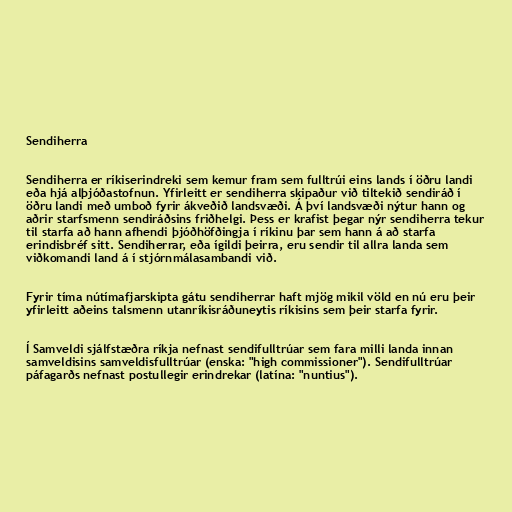
Sendiherra

Sendiherra er ríkiserindreki sem kemur fram sem fulltrúi eins lands í öðru landi
eða hjá alþjóðastofnun. Yfirleitt er sendiherra skipaður við tiltekið sendiráð í
öðru landi með umboð fyrir ákveðið landsvæði. Á því landsvæði nýtur hann og
aðrir starfsmenn sendiráðsins friðhelgi. Þess er krafist þegar nýr sendiherra tekur
til starfa að hann afhendi þjóðhöfðingja í ríkinu þar sem hann á að starfa
erindisbréf sitt. Sendiherrar, eða ígildi þeirra, eru sendir til allra landa sem
viðkomandi land á í stjórnmálasambandi við.

Fyrir tíma nútímafjarskipta gátu sendiherrar haft mjög mikil völd en nú eru þeir
yfirleitt aðeins talsmenn utanríkisráðuneytis ríkisins sem þeir starfa fyrir.

Í Samveldi sjálfstæðra ríkja nefnast sendifulltrúar sem fara milli landa innan
samveldisins samveldisfulltrúar (enska: "high commissioner"). Sendifulltrúar
páfagarðs nefnast postullegir erindrekar (latína: "nuntius").